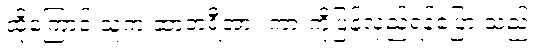
ထို့ကြောင့် သူက ဆာဘရီအား ကားကိုပြန်လှည့်ရန်ပြော သည်။